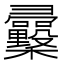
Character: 𢑿